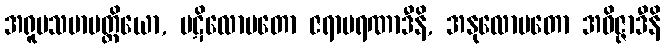
အရူပသမာပတ္တိယော, ပဋိလောမတော ဇရာမရဏာဒီနိ, အနုလောမတော အဝိဇ္ဇာဒီနိ